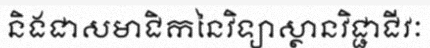
និងជាសមាជិកនៃវិទ្យាស្ថានវិជ្ជាជីវៈ